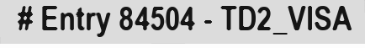
# Entry 84504 - TD2_VISA